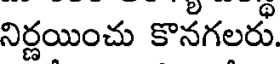
నిర్ణయించు కొనగలరు.